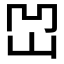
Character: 𡶓